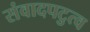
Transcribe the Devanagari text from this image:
संवादपटुत्व